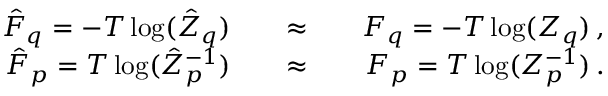
\begin{array} { r l r l r } { \hat { F } _ { q } = - T \log ( \hat { Z } _ { q } ) } & { { } } & { \approx } & { { } } & { F _ { q } = - T \log ( Z _ { q } ) \, , } \\ { \hat { F } _ { p } = T \log ( \hat { Z } _ { p } ^ { - 1 } ) } & { { } } & { \approx } & { { } } & { F _ { p } = T \log ( Z _ { p } ^ { - 1 } ) \, . } \end{array}